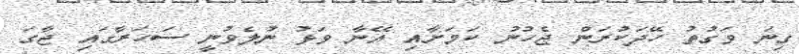
ގިނަ ވަގުތު ހޭދަކުރަން ޖެހުނު ކަމަށާއި އޭނާ ވަޅު ނުލެވުނީ ސަހަރާގައި ޖާގަ